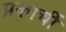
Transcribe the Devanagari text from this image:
प्रकार्ची